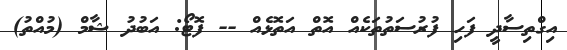
އިގްތިސާދީ ފަހި ފުރުސަތުތަކެއް އޮތް އަތޮޅެއް -- ފޮޓޯ: އަބުދު ޝާމް (މުއްތު)